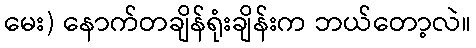
မေး) နောက်တချိန်ရုံးချိန်းက ဘယ်တော့လဲ။